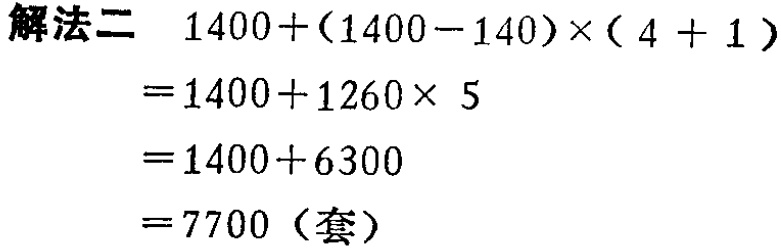
\(
\begin{align*}
&1400+(1400 - 140)\times(4 + 1)\\
=&1400+1260\times5\\
=&1400 + 6300\\
=&7700 \text{（套）}
\end{align*}
\)